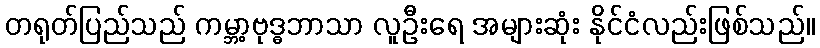
တရုတ်ပြည်သည် ကမ္ဘာ့ဗုဒ္ဓဘာသာ လူဦးရေ အများဆုံး နိုင်ငံလည်းဖြစ်သည်။